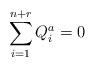
LaTeX: \begin{align*}\sum_{i=1}^{n+r} Q_i^a = 0\end{align*}